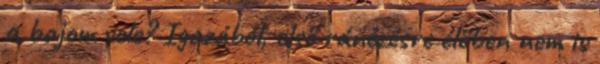
a bajom vele? Igazából, első ránézésre élőben nem is